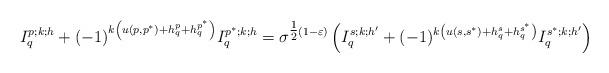
LaTeX: \begin{align*}I_q^{p;k;h}+(-1)^{k\left(u(p,p^*)+h_q^p+h_q^{p^*}\right)} I_q^{p^*;k;h} = \sigma^{\tfrac 12(1-\varepsilon)}\left(I_q^{s;k;h'}+(-1)^{k\left(u(s,s^*)+h_q^s+h_q^{s^*}\right)} I_q^{s^*;k;h'}\right)\end{align*}